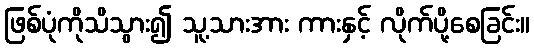
ဖြစ်ပုံကိုသိသွား၍ သူ့သားအား ကားနှင့် လိုက်ပို့စေခြင်း။